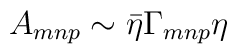
A_{mnp} \sim {\bar{\eta}}\Gamma_{mnp}\eta